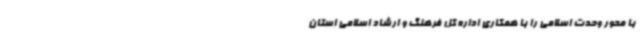
با محور وحدت اسلامی را با همکاری اداره کل فرهنگ و ارشاد اسلامی استان